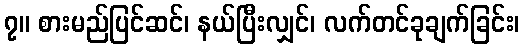
၇။ စားမည်ပြင်ဆင်၊ နယ်ပြီးလျှင်၊ လက်တင်ခုချက်ခြင်း၊